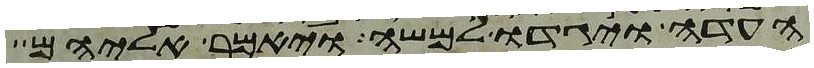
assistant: העדה ויגדו למשה ויאמר אליהם